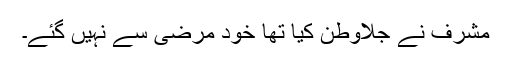
مشرف نے جلاوطن کیا تھا خود مرضی سے نہیں گئے۔